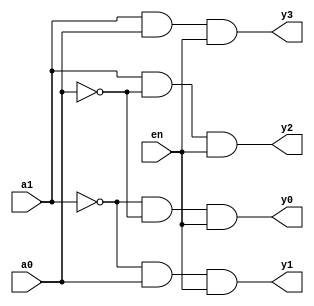
// Autor: Thas Laura Ancio Andrade
// 
// Data de criao:   18/06/2024 
// Nome do mdulo:    decod41
// Nome do projeto:   Projeto Final de Sistemas Digitais
// Verso: v1
/* Descrio: a terceira parte do trabalho foi desenvolver (implementar), analisar e testar diversos mdulos que comporo um Sistema Digital Complexo:
              decodificador 2x4 (o decodificador deve ter uma entrada de enable - en), multiplexador 2x1, multiplexador 4x1, somador/subtrator (o             	      somador/subtrator deve ter uma sada de carry), registrador paralelo com clock enable (en) positivo* contador binrio com clock enable (en)     	      positivo*, carga paralela (ld) positiva* e reset assncrono negativo (clr_n).

COPYING
=======

Copyright:  Copyright (C) 2024 Thas Laura
Licence:    GPL-3.0-ou-posterior

This file is part of Projeto Final de Sistemas Digitais.

    This program is free software: you can redistribute it and/or modify
    it under the terms of the GNU General Public License as published by
    the Free Software Foundation, either version 3 of the License, or
    (at your option) any later version.

    This program is distributed in the hope that it will be useful,
    but WITHOUT ANY WARRANTY; without even the implied warranty of
    MERCHANTABILITY or FITNESS FOR A PARTICULAR PURPOSE.  See the
    GNU General Public License for more details.

    You should have received a copy of the GNU General Public License
    along with this program.  If not, see <https://www.gnu.org/licenses/>6.


Mdulo: decod24

Descrio:
Em um decodificador 2 para 4, as entradas so valores binrios de 1 ou mais bits. J as sadas so independentes, sendo cada uma de 1 bit (indica se est ou no acionada). Alm disso, apenas uma sada pode ser acionada por vez. Nessa aplicao, so quatro entradas de 1 bit cada, acionando a sada de acordo com o seu ndice (se a1a0 formar o valor binrio '01', ento y1  ativado).

Parmetros:
- Size: quantidade de bits 
Output:
- y3, y2, y1, y0: possveis sadas (apenas 1  acionada)
Input:
- en: entrada enable (se for 0, nenhuma das sadas  acionada)
- a1, a0: valores utilizados na decodificao da sada (a formao binria a1a0 indica o ndice da sada).
*/


module decod24 #(parameter Size=8)
	(output [Size-1:0] y3, y2, y1, y0,
	 input en, input [Size-1:0] a1, a0);
	
	assign y0 = ~a1 & ~a0 & en;
	assign y1 = ~a1 & a0 & en;
	assign y2 = a1 & ~a0 & en;
	assign y3 = a1 & a0 & en;

endmodule